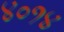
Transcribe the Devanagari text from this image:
४०१४